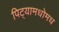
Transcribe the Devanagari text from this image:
पिट्यामधोमध